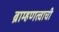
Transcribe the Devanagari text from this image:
ब्राम्हणत्वाची